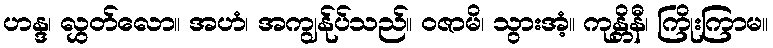
ဟန္ဒ၊ လွှတ်လော။ အဟံ၊ အကျွန်ုပ်သည်။ ဝဇာမိ၊ သွားအံ့။ ကုန္တိနီ၊ ကြိုးကြာမ။